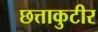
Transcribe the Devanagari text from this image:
छत्ताकुटीर